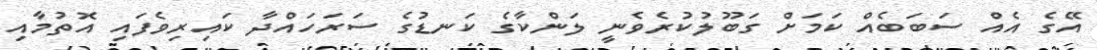
އޭގެ އެއް ސަބަބެއް ކަމަށް ގަބޫލުކުރެވެނީ ލަންކާގެ ކަނޑުގެ ސަރަހައްދާ ކައިރިވެފައި އޮތުމާއި